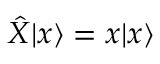
{ \hat { X } } | x \rangle = x | x \rangle